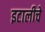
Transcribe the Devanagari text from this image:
इटालीचे